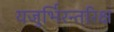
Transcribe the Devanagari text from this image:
यजुर्भिरन्तरिक्षं